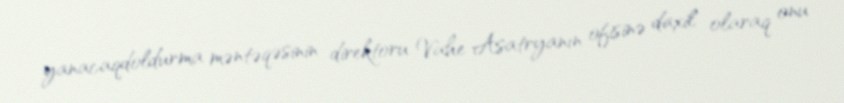
yanacaqdoldurma məntəqəsinin direktoru Vahe Asatryanın ofisinə daxil olaraq onu